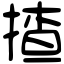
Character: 揸